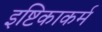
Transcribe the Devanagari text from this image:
इष्टिकाकर्म